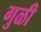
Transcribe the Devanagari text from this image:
गुळी